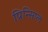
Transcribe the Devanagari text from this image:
प्रिन्सिप्ल